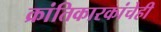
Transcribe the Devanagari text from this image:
क्रांतिकारकांचेही